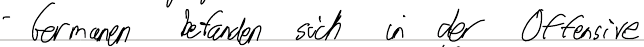
- Germanen befanden sich in der Offensive